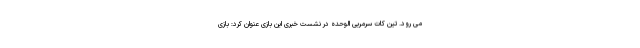
می رود. تین کات سرمربی الوحده در نشست خبری این بازی عنوان کرد: بازی